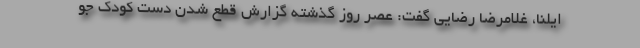
ایلنا، غلامرضا رضایی گفت: عصر روز گذشته گزارش قطع شدن دست کودک جو